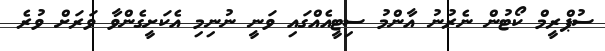
ސުޕްރީމް ކޯޓުން ނެރުނު އާންމު ސިޓީއެއްގައި ވަނީ ނުނިމި އެކަށީގެންވާ ވަރަށް ވުރެ